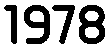
1978